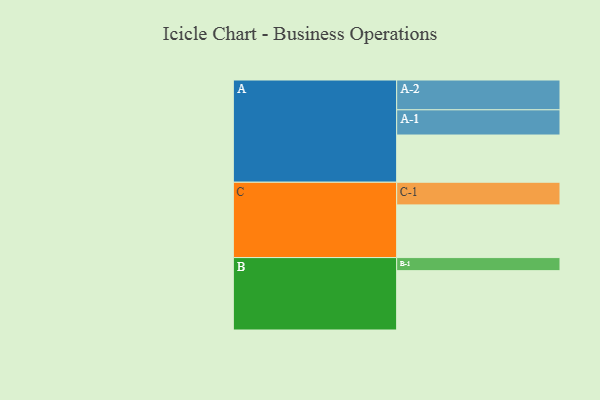
{"axis": {"x": "Segment", "y": "Value"}, "legend": ["", "A", "B", "C"], "data": [{"x": "A", "y": 448, "type": ""}, {"x": "B", "y": 563, "type": ""}, {"x": "C", "y": 500, "type": ""}, {"x": "A-1", "y": 239, "type": "A"}, {"x": "A-2", "y": 283, "type": "A"}, {"x": "B-1", "y": 124, "type": "B"}, {"x": "C-1", "y": 215, "type": "C"}]}